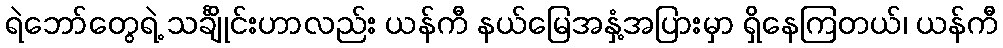
ရဲဘော်တွေရဲ့ သင်္ချိုင်းဟာလည်း ယန်ကီ နယ်မြေအနှံ့အပြားမှာ ရှိနေကြတယ်၊ ယန်ကီ